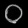
Digit: ၀